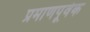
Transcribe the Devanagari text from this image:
प्रमाणपूर्वक